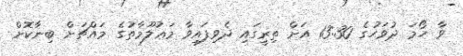
ވާ ހޯމަ ދުވަހުގެ 13:30 އަށް ތިރީގައި ދެވިފައިވާ މަޢުލޫމާތުގެ މައްޗަށް ބިނާކޮށް